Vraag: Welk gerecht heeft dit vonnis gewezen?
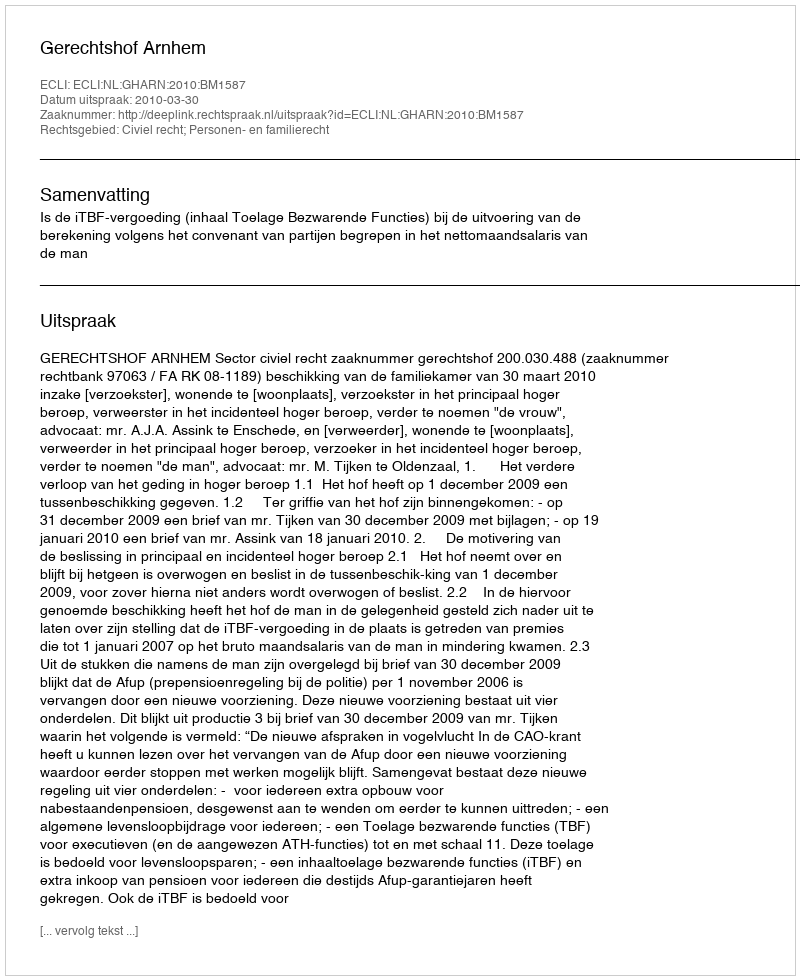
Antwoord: Gerechtshof Arnhem